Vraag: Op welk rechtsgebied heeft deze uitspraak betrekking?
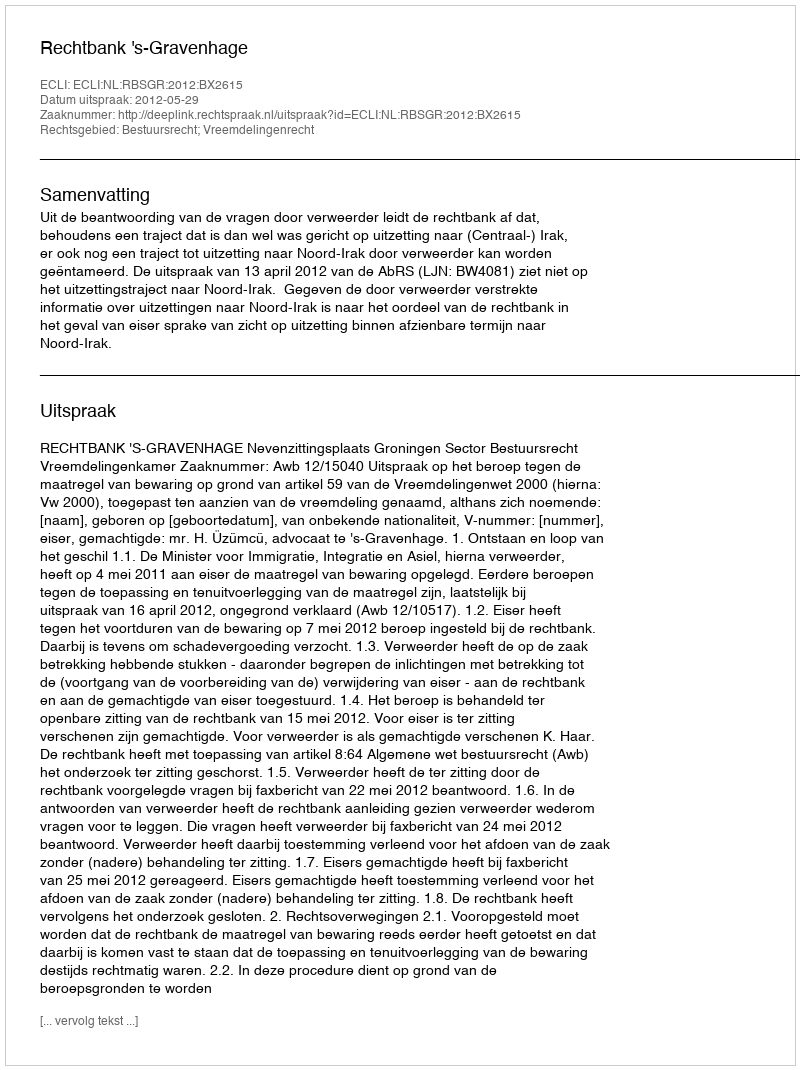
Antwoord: Bestuursrecht; Vreemdelingenrecht